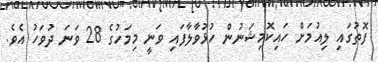
ފޮތުގައި ލިއުމަށް ހައިކޮމިޝަނުން ހުޅުވާލާފައި ވަނީ މިމަހުގެ 28 ވަނަ ދުވަހު އެވެ.